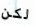
لكن